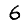
Digit: 6